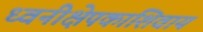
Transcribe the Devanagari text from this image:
ध्वनीक्षेपकाशिवाय